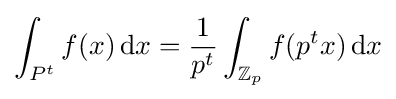
\int _{P^{t}}f(x)\,{\rm {d}}x={\frac {1}{p^{t}}}\int _{\mathbb {Z} _{p}}f(p^{t}x)\,{\rm {d}}x